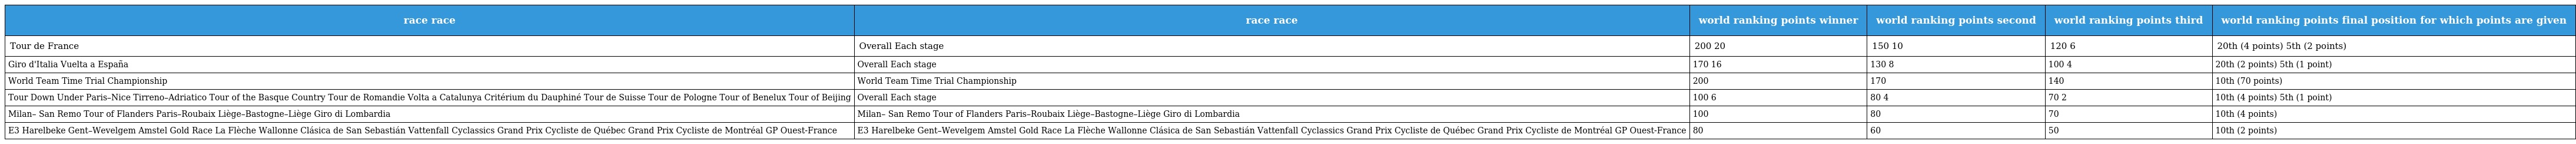
| race race | race race | world ranking points winner | world ranking points second | world ranking points third | world ranking points final position for which points are given |
 | --- | --- | --- | --- | --- | --- |
 | Tour de France | Overall Each stage | 200 20 | 150 10 | 120 6 | 20th (4 points) 5th (2 points) |
 | Giro d'Italia Vuelta a España | Overall Each stage | 170 16 | 130 8 | 100 4 | 20th (2 points) 5th (1 point) |
 | World Team Time Trial Championship | World Team Time Trial Championship | 200 | 170 | 140 | 10th (70 points) |
 | Tour Down Under Paris–Nice Tirreno–Adriatico Tour of the Basque Country Tour de Romandie Volta a Catalunya Critérium du Dauphiné Tour de Suisse Tour de Pologne Tour of Benelux Tour of Beijing | Overall Each stage | 100 6 | 80 4 | 70 2 | 10th (4 points) 5th (1 point) |
 | Milan– San Remo Tour of Flanders Paris–Roubaix Liège–Bastogne–Liège Giro di Lombardia | Milan– San Remo Tour of Flanders Paris–Roubaix Liège–Bastogne–Liège Giro di Lombardia | 100 | 80 | 70 | 10th (4 points) |
 | E3 Harelbeke Gent–Wevelgem Amstel Gold Race La Flèche Wallonne Clásica de San Sebastián Vattenfall Cyclassics Grand Prix Cycliste de Québec Grand Prix Cycliste de Montréal GP Ouest-France | E3 Harelbeke Gent–Wevelgem Amstel Gold Race La Flèche Wallonne Clásica de San Sebastián Vattenfall Cyclassics Grand Prix Cycliste de Québec Grand Prix Cycliste de Montréal GP Ouest-France | 80 | 60 | 50 | 10th (2 points) |